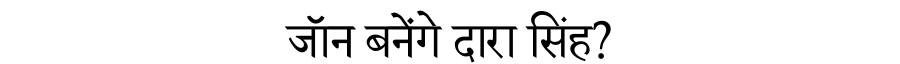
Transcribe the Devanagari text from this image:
जाॅन बनेंगे दारा सिंह?